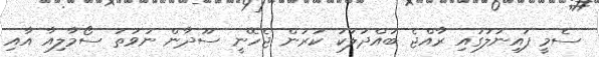
ސެމީ ފައިނަލުގައި ރާއްޖެ ބައްދަލުކު ކުރަން ޖެހޭނީ ސޫދާން ނުވަތަ ސޯމާލިއާ އާއި